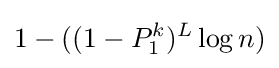
1-((1-P_{1}^{k})^{L}\log n)